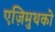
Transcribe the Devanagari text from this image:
एज़िमुथको